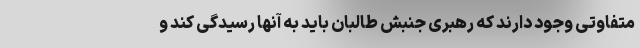
متفاوتی وجود دارند که رهبری جنبش طالبان باید به آنها رسیدگی کند و